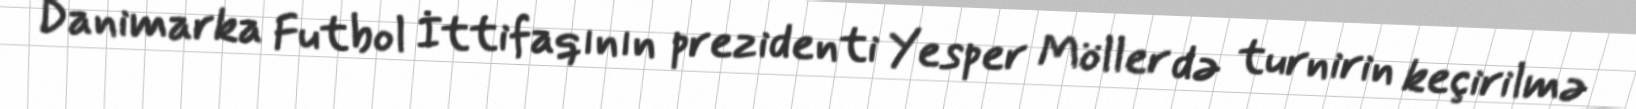
Danimarka Futbol İttifaqının prezidenti Yesper Möller də turnirin keçirilmə